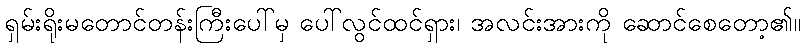
ရှမ်းရိုးမတောင်တန်းကြီးပေါ်မှ ပေါ်လွင်ထင်ရှား၊ အလင်းအားကို ဆောင်စေတော့၏။